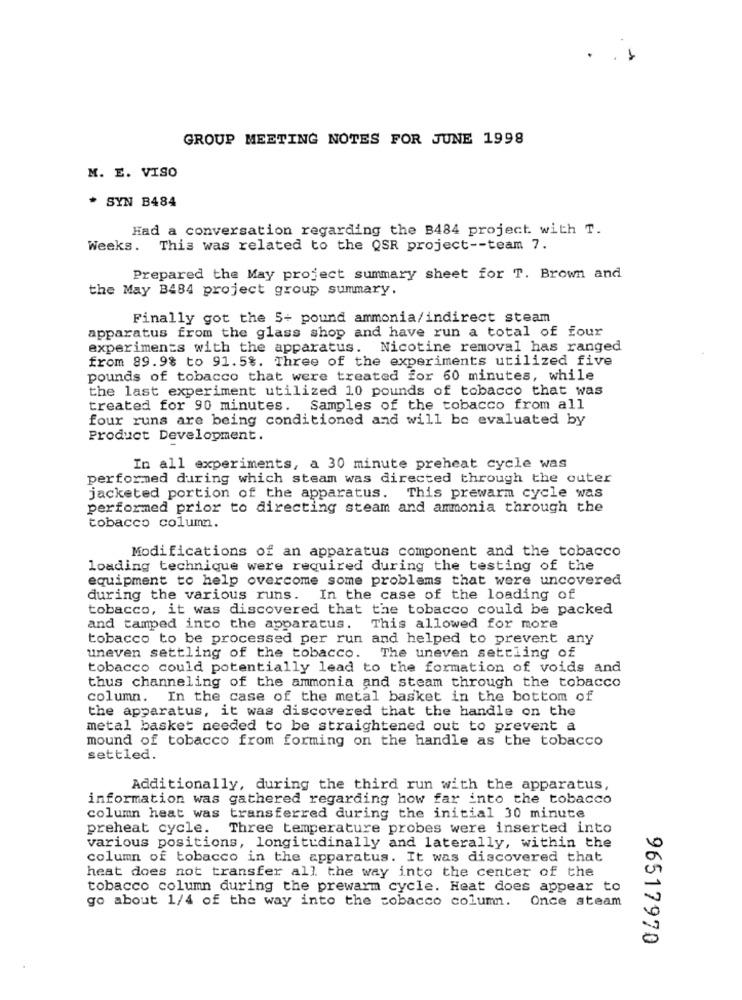
GROUP MEETING NOTES FOR JUNE 1998
M. E. VISO
* SYN B484
Had a conversation regarding the B484 project with T.
Weeks. This was related to the QSR project -- team 7.
Prepared the May project summary sheet for T. Brown and
the May B484 project group summary.
Finally got the 5+ pound ammonia/indirect steam
apparatus from the glass shop and have run a total of four
experiments with the apparatus. Nicotine removal has ranged
from 89.9% to 91.5%. Three of the experiments utilized five
pounds of tobacco that were treated for 60 minutes, while
the last experiment utilized 10 pounds of tobacco that was
treated for 90 minutes. Samples of the tobacco from all
four runs are being conditioned and will be evaluated by
Product Development.
In all experiments, a 30 minute preheat cycle was
performed during which steam was directed through the outer
jacketed portion of the apparatus. This prewarm cycle was
performed prior to directing steam and ammonia through the
tobacco column.
Modifications of an apparatus component and the tobacco
loading technique were required during the testing of the
equipment to help overcome some problems that were uncovered
during the various runs. In the case of the loading of
tobacco, it was discovered that the tobacco could be packed
and tamped into the apparatus. This allowed for more
tobacco to be processed per run and helped to prevent any
uneven settling of the tobacco. The uneven settling of
tobacco could potentially lead to the formation of voids and
thus channeling of the ammonia and steam through the tobacco
column. In the case of the metal basket in the bottom of
the apparatus, it was discovered that the handle on the
metal basket needed to be straightened out to prevent a
mound of tobacco from forming on the handle as the tobacco
settled.
Additionally, during the third run with the apparatus,
information was gathered regarding how far into the tobacco
column heat was transferred during the initial 30 minute
preheat cycle.
Three temperature probes were inserted into
various positions, longitudinally and laterally, within the
column of tobacco in the apparatus. It was discovered that
heat does not transfer all the way into the center of the
tobacco column during the prewarm cycle. Heat does appear to
go about 1/4 of the way into the tobacco column.
Once steam
96517970